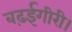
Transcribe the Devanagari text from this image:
बढ़ईगीरी।